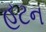
હટન